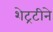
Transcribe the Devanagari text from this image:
शेट्रटीने